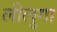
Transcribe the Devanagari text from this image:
लीलुगा